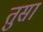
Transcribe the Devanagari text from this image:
तुसा